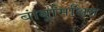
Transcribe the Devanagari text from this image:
बांबूमिश्रित